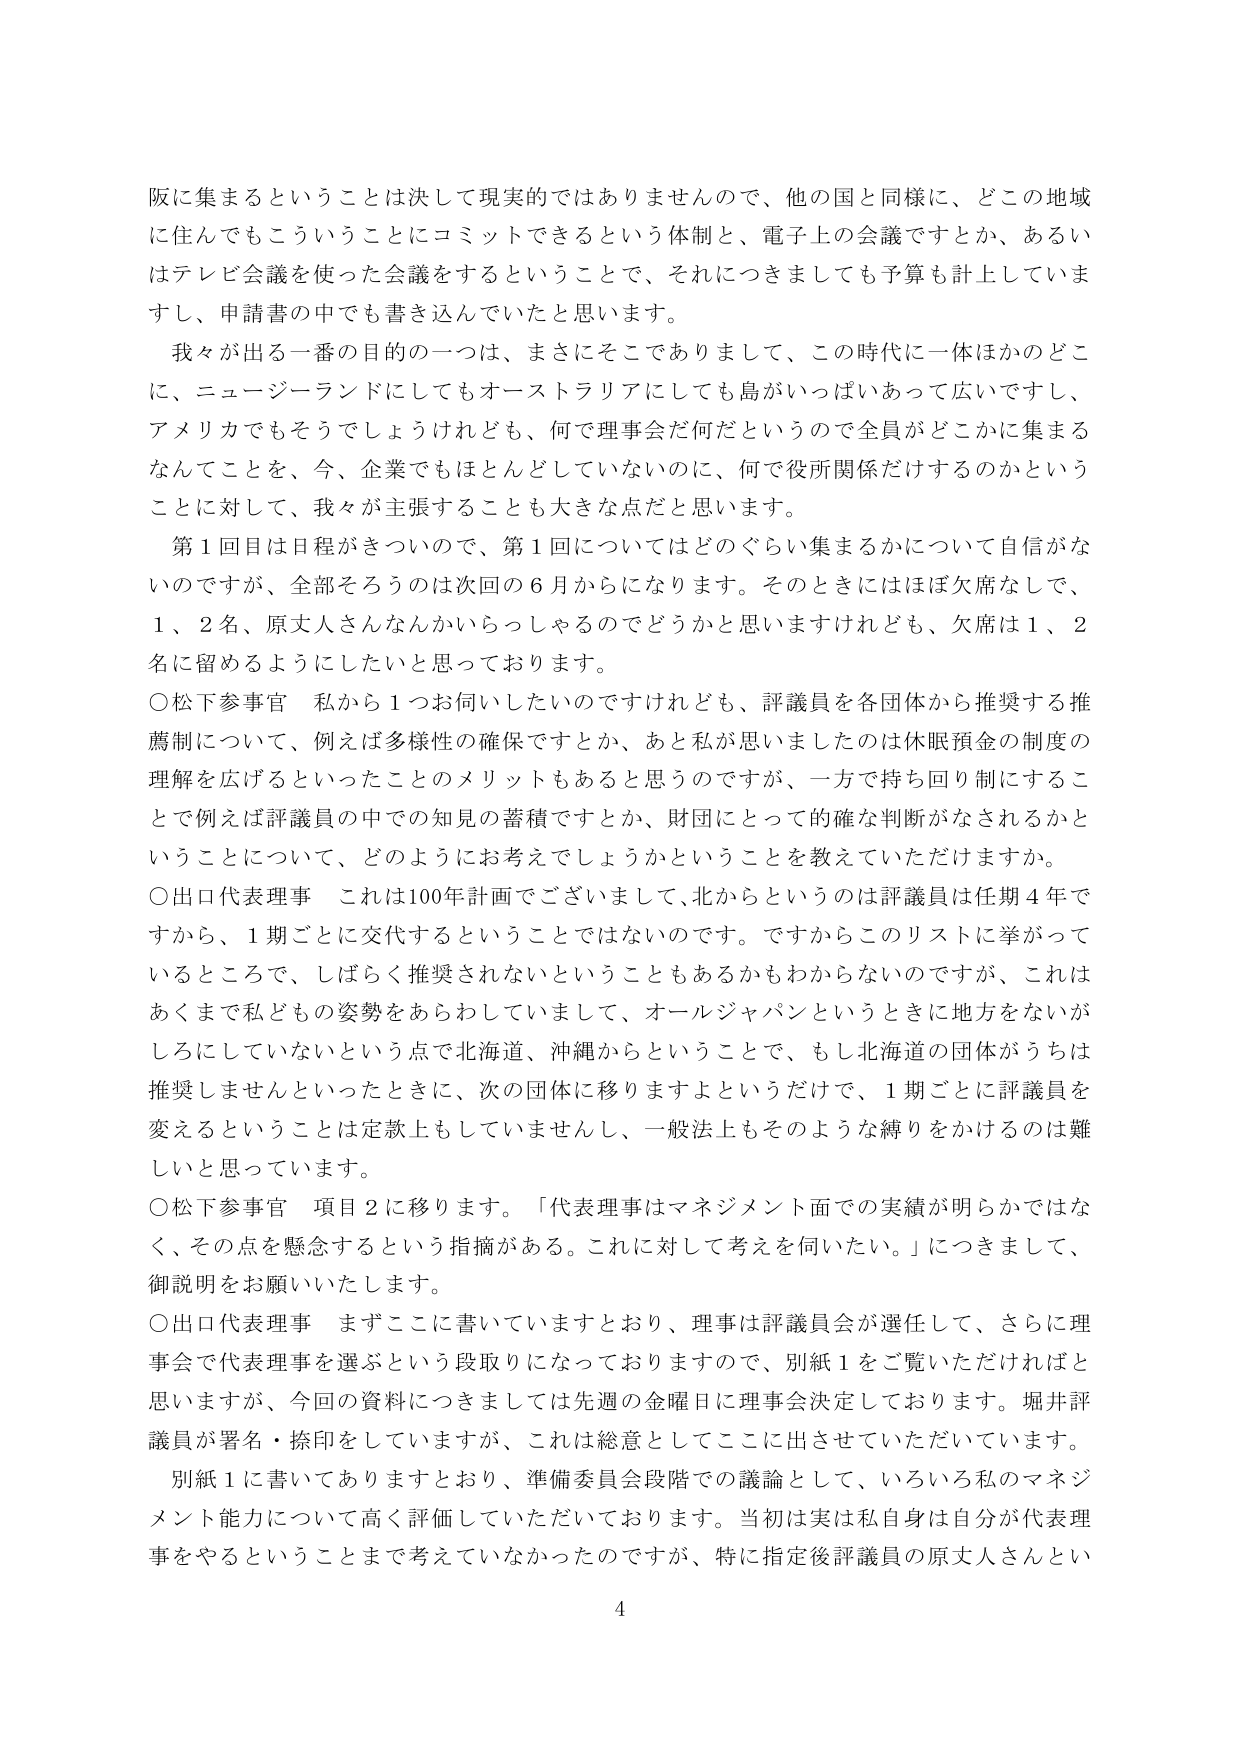
阪に集まるということは決して現実的ではありませんので、他の国と同様に、どこの地域に住んでもこういうことにコミットできるという体制と、電子上の会議ですとか、あるいはテレビ会議を使った会議をするということで、それにつきましても予算も計上していますし、申請書の中でも書き込んでいたと思います。

我々が出る一番の目的の一つは、まさにそこでありまして、この時代に一体ほかのどこに、ニュージーランドにしてもオーストラリアにしても島がいっぱいあって広いですし、アメリカでもそうでしょうけれども、何で理事会だ何だというので全員がどこかに集まるなんてことを、今、企業でもほとんどしていないのに、何で役所関係だけするのかということに対して、我々が主張することも大きな点だと思います。

第1回目は日程がきついので、第1回についてはどれぐらい集まるかについて自信がないのですが、全部そろうのは次回の6月からになります。そのときにはほぼ欠席なしで、1、2名、原丈人さんなんかいらっしゃるのでどうかと思いますけれども、欠席は1、2名に留めるようにしたいと思っております。

○松下参事官　私から1つお伺いしたいのですがけれども、評議員を各団体から推奨する推薦制について、例えば多様性の確保ですとか、あと私が思いましたのは休眠預金の制度の理解を広げるといったことのメリットもあると思うのですが、一方で持ち回り制にすることで例えば評議員の中での知見の蓄積ですとか、財団にとって的確な判断がなされるかということについて、どのようにお考えでしょうかということを教えていただけますか。

○出口代表理事　これは100年計画でございまして、北からというのは評議員は任期4年ですから、1期ごとに交代するということではないのです。ですからこのリストに挙がっているところで、しばらく推奨されないということもあるかもわからないのですが、これはあくまで私どもの姿勢をあらわしていまして、オールジャパンというときに地方をないがしろにしていないという点で北海道、沖縄からということで、もし北海道の団体がうちは推奨しませんといったときに、次の団体に移りますよというだけで、1期ごとに評議員を変えるということは定款上もしていませんし、一般法上もそのような縛りをかけるのは難しいと思っています。

○松下参事官　項目2に移ります。「代表理事はマネジメント面での実績が明らかではなく、その点を懸念するという指摘がある。これに対して考えを伺いたい。」につきまして、御説明をお願いいたします。

○出口代表理事　まずここに書いていますとおり、理事は評議員会が選任して、さらに理事会で代表理事を選ぶという段取りになっておりますので、別紙1をご覧いただければと思いますが、今回の資料につきましては先週の金曜日に理事会決定しております。堀井評議員が署名・捺印をしていますが、これは総意としてここに出させていただいています。

別紙1に書いてありますとおり、準備委員会段階での議論として、いろいろ私のマネジメント能力について高く評価していただいております。当初は実は私自身は自分が代表理事をやるということまで考えていなかったのですが、特に指定後評議員の原丈人さんとい

4